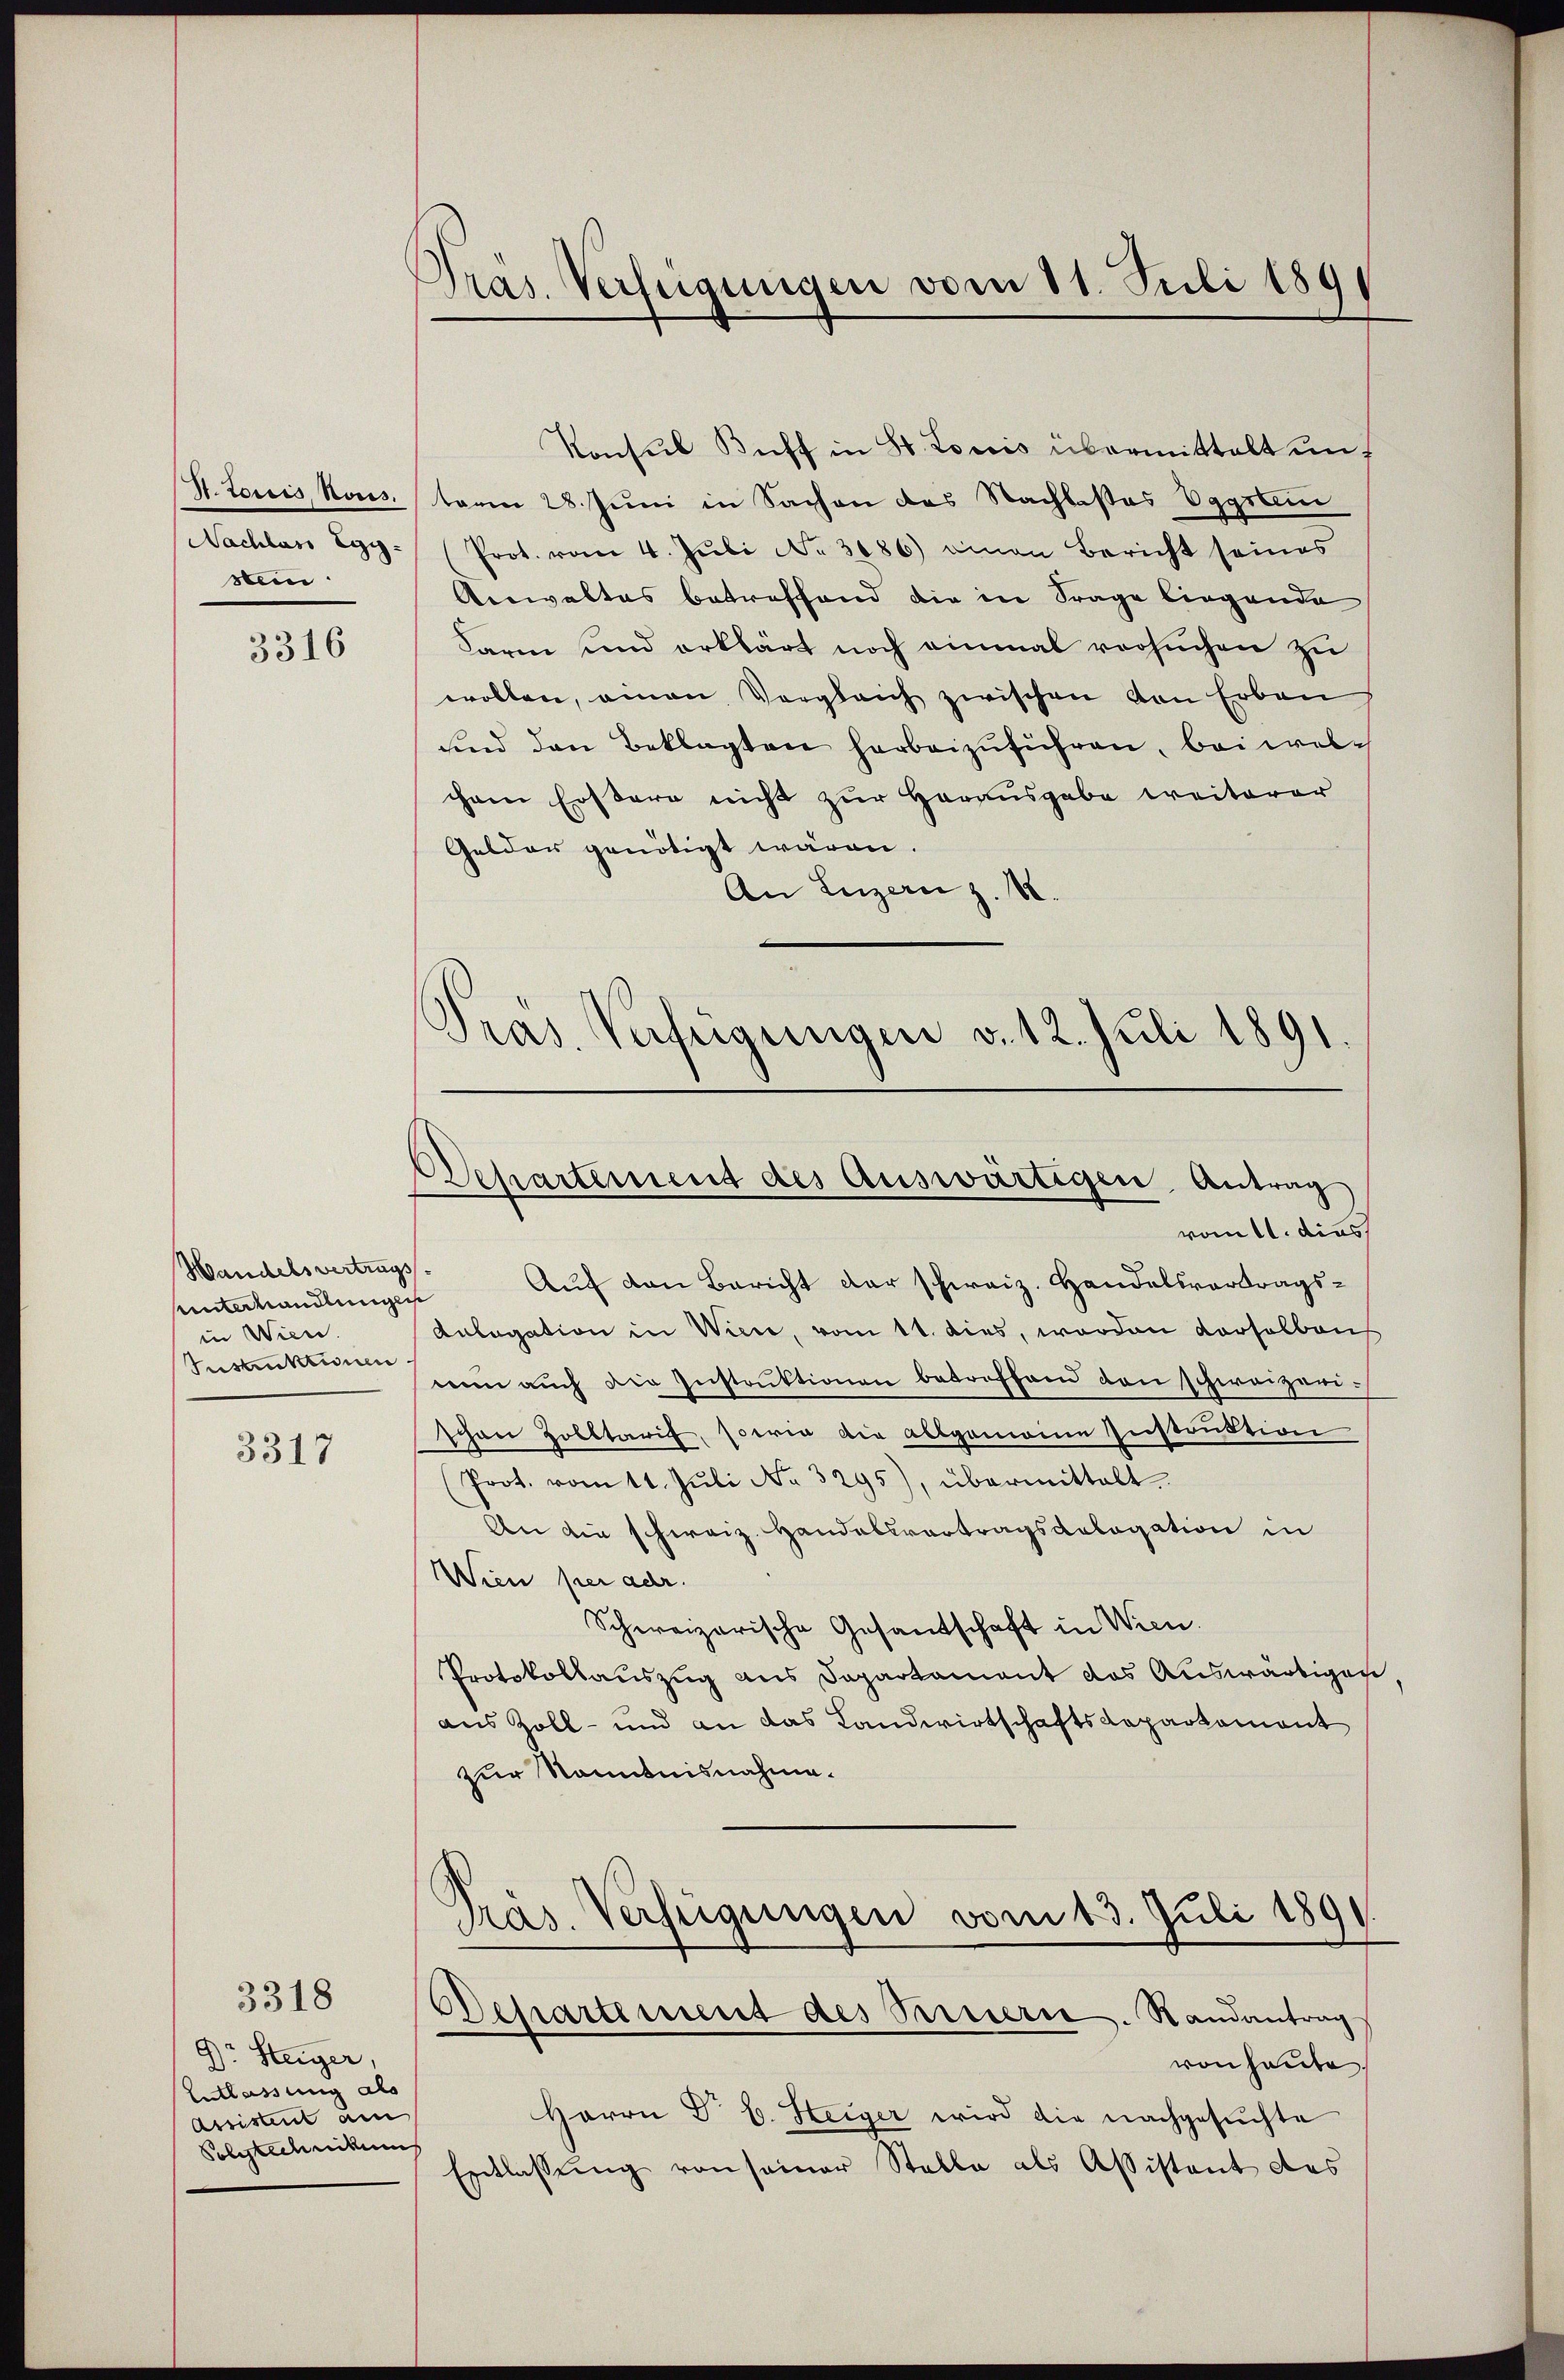
S. toris Nors.
Nachlass Egystein

3316

Handelsvertrags
Unterhandlungen
in Wien
Instruktionen

3317

3318

Dr. Steiger,
Entlassung als
Assistent am
Polytechnikums

Präs. Verfügungen vom 11. Juli 189

Konsul Buff in St. Louis übermittelt unt
term 28. Juni in Sachen des Nachlasses Eggsten
Prot. vom 4. Juli No 3086) einen Bericht seines
Anwaltes betreffend die in Frage liegende
Farm und erklärt noch einmal versuchen zu
wollen, einen Vergleich zwischen von Erben
und den Beklagten herbeizuführen, bei welchem Erstern nicht zur Herausgabe weiterer
Gelder genötigt wären.
An Luzern z. B.
Pras. Verfügungen v. 12. Juli 1891.

Auf den Bericht der schweiz. Handelsvortrags¬
Anlegation in Wiene, vom 11. dies, worden derselben
wen auch die Instruktionen betreffend den schweizerischon Zolltaris, sowie die allgemeine Instruktion
(Prot. vom 11. Jŭli No 3295), übermittelt.
An die schweiz. Handelsvertragsdalogation in
Wien per adr
Schweizerische Gesandschaft in Wien.
Protokollauszug aus Sapartament das Auswärtigen,
aus Zoll- und an das Landwirtschafts Repartament
zur Kenntnisnahme.
Präs. Verfügungen vom 13. Juli 1891.

Departemend des Auswärtigen, Antrag
vom 11. dies

Desartement des Steuern. Randantrag

von heute
Herrn Dr. C. Steiger wird die nachgesŭchte
Entlassung von seiner Stelle als Assistant des